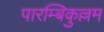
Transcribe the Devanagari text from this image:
पारम्बिकुल्लम